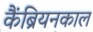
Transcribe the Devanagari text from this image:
कैंब्रियनकाल